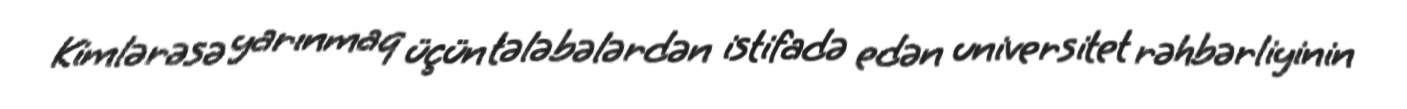
Kimlərəsə yarınmaq üçün tələbələrdən istifadə edən universitet rəhbərliyinin